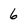
Character: 6